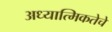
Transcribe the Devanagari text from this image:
अध्यात्मिकतेचे